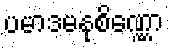
ပမာဒမနုစိဏ္ဏော